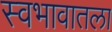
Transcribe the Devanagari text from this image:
स्वभावातला